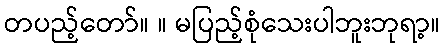
တပည့်တော်။ ။ မပြည့်စုံသေးပါဘူးဘုရာ့။